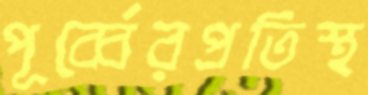
পূর্ব্বেরপ্রতিস্থ